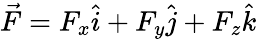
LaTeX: {\vec{F}}=F_{x}{\hat{i}}+F_{y}{\hat{j}}+F_{z}{\hat{k}}